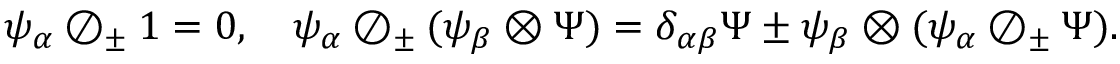
\psi _ { \alpha } \oslash _ { \pm } 1 = 0 , \quad \psi _ { \alpha } \oslash _ { \pm } ( \psi _ { \beta } \otimes \Psi ) = \delta _ { \alpha \beta } \Psi \pm \psi _ { \beta } \otimes ( \psi _ { \alpha } \oslash _ { \pm } \Psi ) .